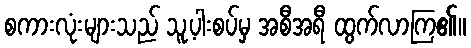
စကားလုံးများသည် သူ့ပါးစပ်မှ အစီအရီ ထွက်လာကြ၏။